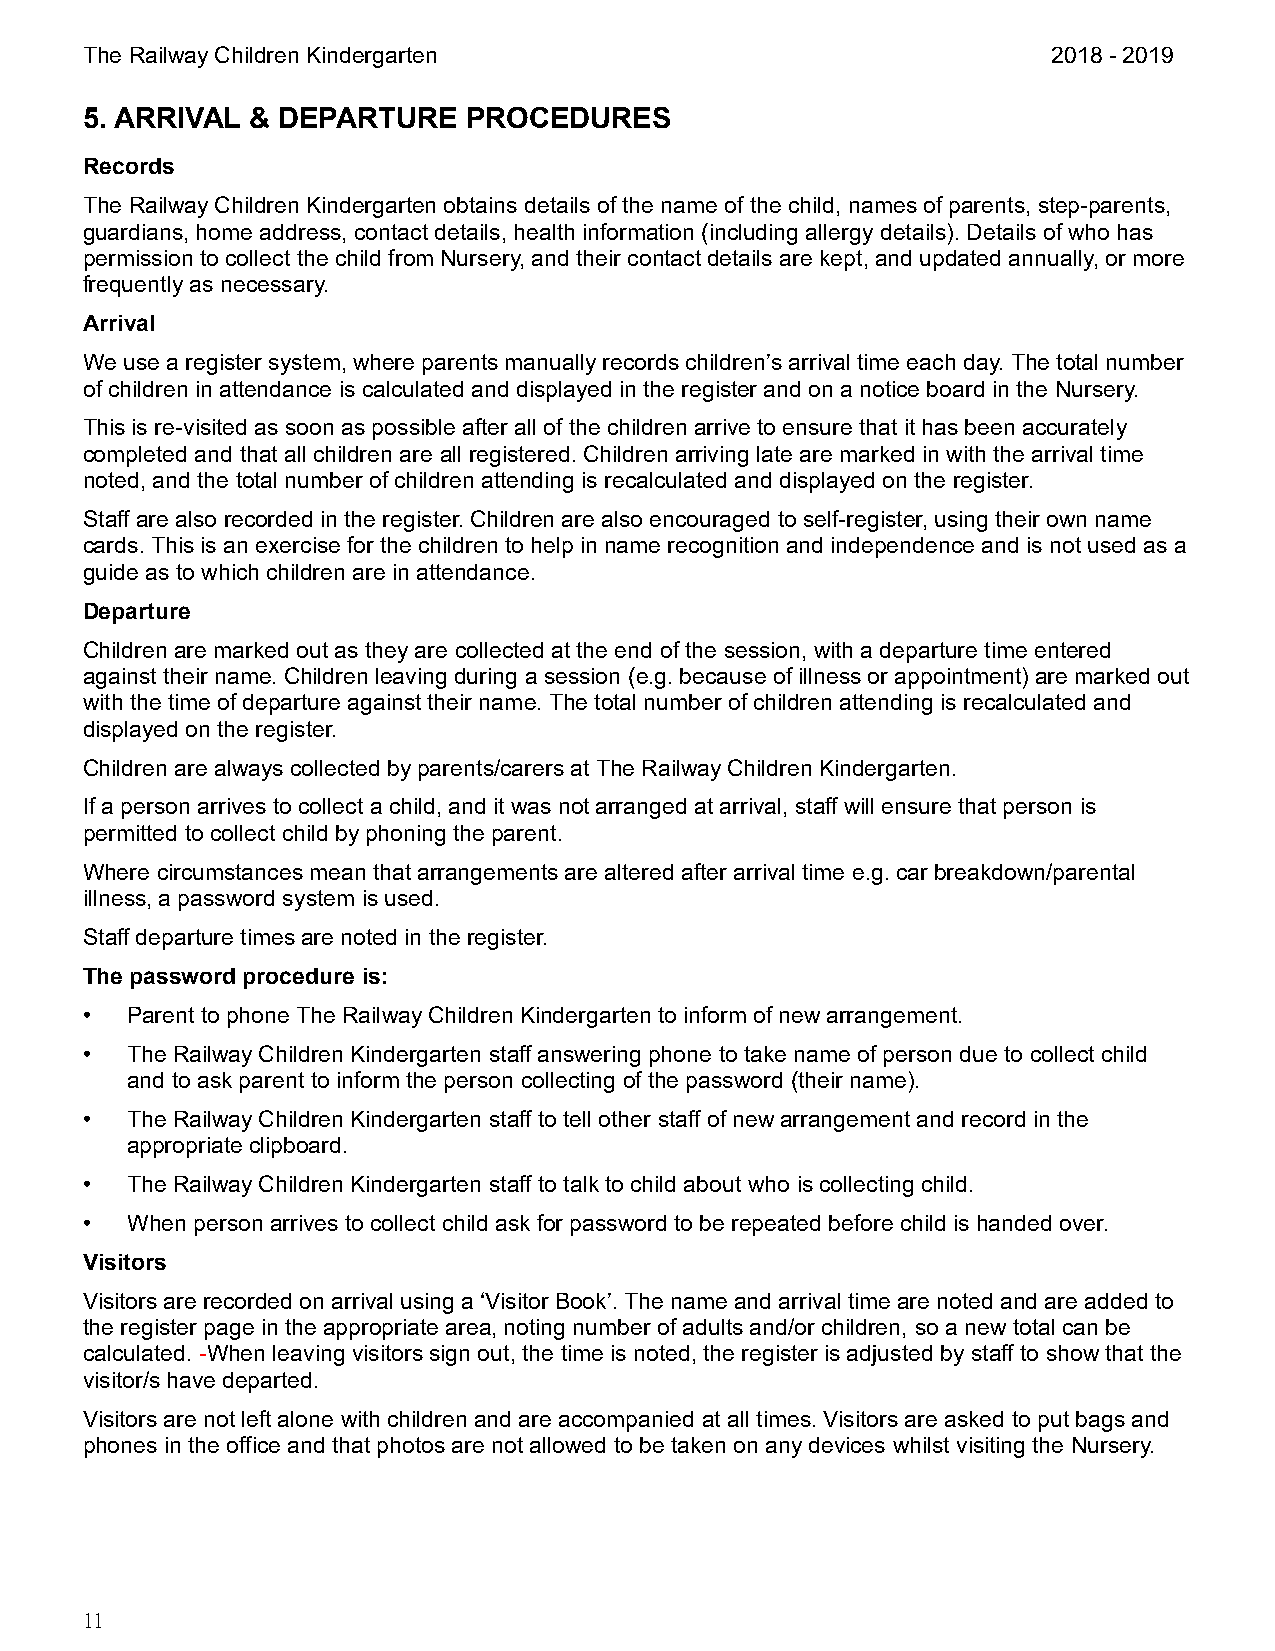
The Railway Children Kindergarten                                2018 - 2019
 5. ARRIVAL & DEPARTURE    PROCEDURES
 Records
 The Railway Children Kindergarten obtains details of the name of the child, names of parents, step-parents,
 guardians, home address, contact details, health information (including allergy details). Details of who has
 permission to collect the child from Nursery, and their contact details are kept, and updated annually, or more
 frequently as necessary.
 Arrival
 We use a register system, where parents manually records children’s arrival time each day. The total number
 of children in attendance is calculated and displayed in the register and on a notice board in the Nursery.
 This is re-visited as soon as possible after all of the children arrive to ensure that it has been accurately
 completed and that all children are all registered. Children arriving late are marked in with the arrival time
 noted, and the total number of children attending is recalculated and displayed on the register.
 Staff are also recorded in the register. Children are also encouraged to self-register, using their own name
 cards. This is an exercise for the children to help in name recognition and independence and is not used as a
 guide as to which children are in attendance.
 Departure
 Children are marked out as they are collected at the end of the session, with a departure time entered
 against their name. Children leaving during a session (e.g. because of illness or appointment) are marked out
 with the time of departure against their name. The total number of children attending is recalculated and
 displayed on the register.
 Children are always collected by parents/carers at The Railway Children Kindergarten.
 If a person arrives to collect a child, and it was not arranged at arrival, staff will ensure that person is
 permitted to collect child by phoning the parent.
 Where circumstances mean that arrangements are altered after arrival time e.g. car breakdown/parental
 illness, a password system is used.
 Staff departure times are noted in the register.
 The password procedure is:
 •  Parent to phone The Railway Children Kindergarten to inform of new arrangement.
 •  The Railway Children Kindergarten staff answering phone to take name of person due to collect child
 and to ask parent to inform the person collecting of the password (their name).
 •  The Railway Children Kindergarten staff to tell other staff of new arrangement and record in the
 appropriate clipboard.
 •  The Railway Children Kindergarten staff to talk to child about who is collecting child.
 •  When person arrives to collect child ask for password to be repeated before child is handed over.
 Visitors
 Visitors are recorded on arrival using a ‘Visitor Book’. The name and arrival time are noted and are added to
 the register page in the appropriate area, noting number of adults and/or children, so a new total can be
 calculated. -When leaving visitors sign out, the time is noted, the register is adjusted by staff to show that the
 visitor/s have departed.
 Visitors are not left alone with children and are accompanied at all times. Visitors are asked to put bags and
 phones in the office and that photos are not allowed to be taken on any devices whilst visiting the Nursery.
 11